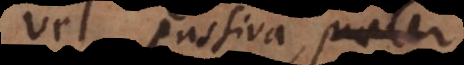
vel passiva, praeter